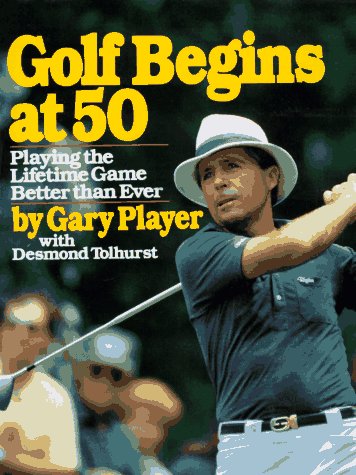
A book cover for Golf Begins at 50; Gary Player; Sports & Outdoors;